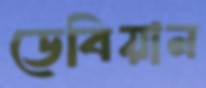
ডেবিয়ান